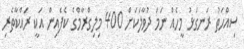
ސިއްހަތު ރަނގަޅު މީހެއް ނަމަ ދުވާލަކަށް 400 މިލިގްރާމްގެ ކެފެއިން އަކީ ރައްކާތެރި